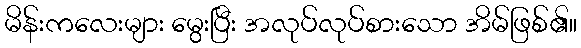
မိန်းကလေးများ မွေးပြီး အလုပ်လုပ်စားသော အိမ်ဖြစ်၏။